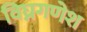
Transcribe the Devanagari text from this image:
विघ्नगणेश